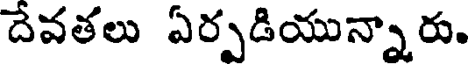
దేవతలు ఏర్పడియున్నారు.